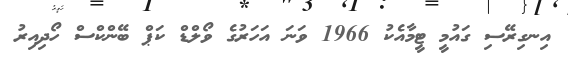
އިނގިރޭސި ގައުމީ ޓީމާއެކު 1966 ވަނަ އަހަރުގެ ވޯލްޑް ކަޕް ބޭންކްސް ހޯދިއިރު